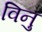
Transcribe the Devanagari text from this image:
विनु